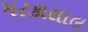
મટકાલાલ